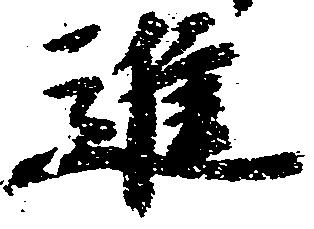
進